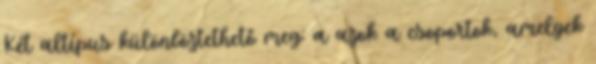
Két altípus különböztethető meg: a azok a csoportok, amelyek